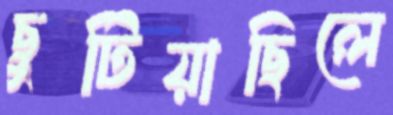
ছুটিয়াছিলে